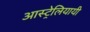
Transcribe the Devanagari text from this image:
आस्ट्रेलियायी